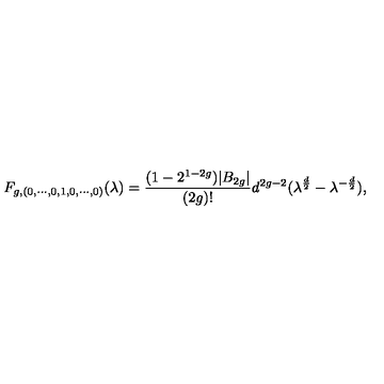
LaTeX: F _ { g , ( 0 , \cdots , 0 , 1 , 0 , \cdots , 0 ) } ( \lambda ) = { \frac { ( 1 - 2 ^ { 1 - 2 g } ) | B _ { 2 g } | } { ( 2 g ) ! } } d ^ { 2 g - 2 } ( \lambda ^ { \frac { d } { 2 } } - \lambda ^ { - { \frac { d } { 2 } } } ) ,